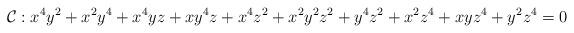
LaTeX: \begin{align*}\mathcal{C}: x^4y^2 + x^2y^4 + x^4yz + xy^4z + x^4z^2 + x^2y^2z^2 + y^4z^2 +x^2z^4 + xyz^4 + y^2z^4=0\end{align*}